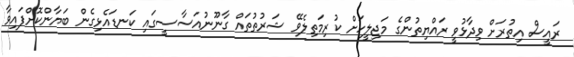
ރައީސް އިތުރަށް ވިދާޅުވީ ރައްޔިތުންގެ މަޖިލީހަށް ކުރިމަތިލެވޭ ޝަރުތުތައް ގާނޫނުއަސާސީގައި ކަނޑައެޅިގެން ބަޔާންކޮށްފައިވާ